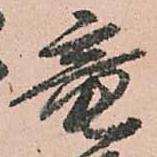
竜